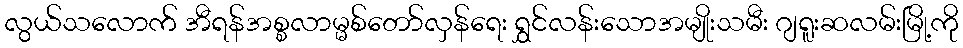
လွယ်သလောက် အီရန်အစ္စလာမ္မစ်တော်လှန်ရေး ရွှင်လန်းသောအမျိုးသမီး ဂျရူးဆလမ်းမြို့ကို